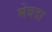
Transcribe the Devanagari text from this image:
मेवदा